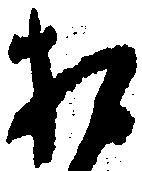
お